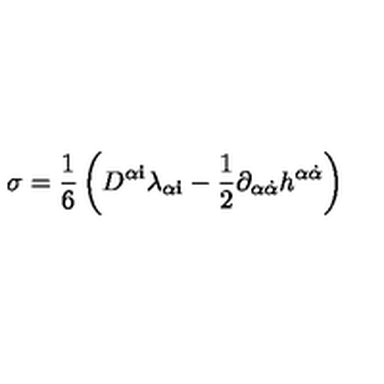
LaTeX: \sigma = \frac { 1 } { 6 } \left( D ^ { \alpha { \mathbf i } } \lambda _ { \alpha { \mathbf i } } - \frac { 1 } { 2 } \partial _ { \alpha { \dot { \alpha } } } h ^ { \alpha { \dot { \alpha } } } \right)